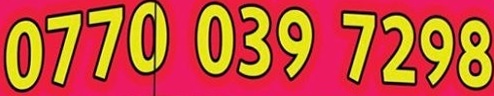
0770 039 7298